Scientific memoirs by medical officers of the Army of India - Part X,
Year: 1897
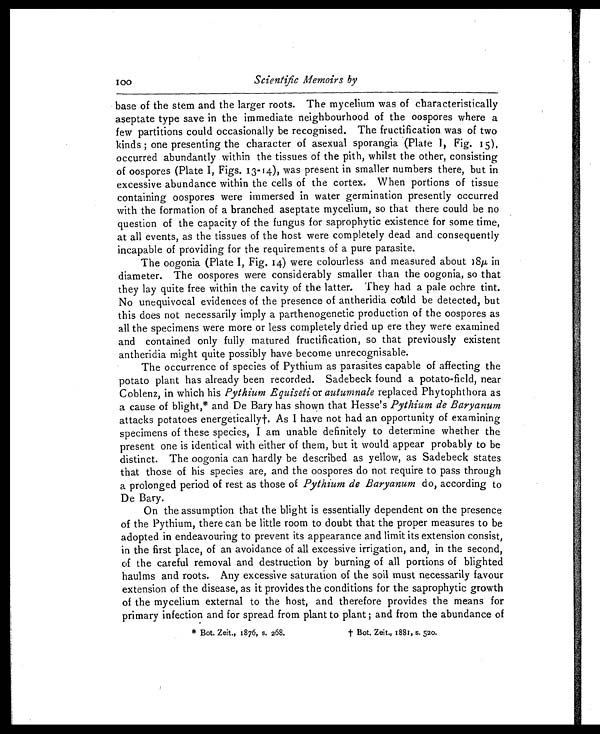
100
Scientific Memoirs by
base of the stem and the larger roots. The mycelium was of characteristically
aseptate type save in the immediate neighbourhood of the oospores where a
few partitions could occasionally be recognised. The fructification was of two
kinds ; one presenting the character of asexual sporangia (Plate I, Fig. 15),
occurred abundantly within the tissues of the pith, whilst the other, consisting
of oospores (Plate I, Figs. 13-14), was present in smaller numbers there, but in
excessive abundance within the cells of the cortex. When portions of tissue
containing oospores were immersed in water germination presently occurred
with the formation of a branched aseptate mycelium, so that there could be no
question of the capacity of the fungus for saprophytic existence for some time,
at all events, as the tissues of the host were completely dead and consequently
incapable of providing for the requirements of a pure parasite.
The oogonia (Plate I, Fig. 14) were colourless and measured about 18µ, in
diameter. The oospores were considerably smaller than the oogonia, so that
they lay quite free within the cavity of the latter. They had a pale ochre tint.
No unequivocal evidences of the presence of antheridia could be detected, but
this does not necessarily imply a parthenogenetic production of the oospores as
all the specimens were more or less completely dried up ere they were examined
and contained only fully matured fructification, so that previously existent
antheridia might quite possibly have become unrecognisable.
The occurrence of species of Pythium as parasites capable of affecting the
potato plant has already been recorded. Sadebeck found a potato-field, near
Coblenz, in which his Pythium Equiseti or autumnale replaced Phytophthora as
a cause of blight,* and De Bary has shown that Hesse's Pythium de Baryanum
attacks potatoes energetically†. As I have not had an opportunity of examining
specimens of these species, I am unable definitely to determine whether the
present one is identical with either of them, but it would appear probably to be
distinct. The oogonia can hardly be described as yellow, as Sadebeck states
that those of his species are, and the oospores do not require to pass through
a prolonged period of rest as those of Pythium de Baryanum do, according to
De Bary.
On the assumption that the blight is essentially dependent on the presence
of the Pythium, there can be little room to doubt that the proper measures to be
adopted in endeavouring to prevent its appearance and limit its extension consist,
in the first place, of an avoidance of all excessive irrigation, and, in the second,
of the careful removal and destruction by burning of all portions of blighted
haulms and roots. Any excessive saturation of the soil must necessarily favour
extension of the disease, as it provides the conditions for the saprophytic growth
of the mycelium external to the host, and therefore provides the means for
primary infection and for spread from plant to plant ; and from the abundance of
* Bot. Zeit., 1876, s. 268.
† Bot. Zeit., 1881, s. 520.